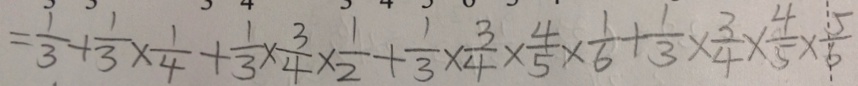
= \frac { 1 } { 3 } + \frac { 1 } { 3 } \times \frac { 1 } { 4 } + \frac { 1 } { 3 } \times \frac { 3 } { 4 } \times \frac { 1 } { 2 } + \frac { 1 } { 3 } \times \frac { 3 } { 4 } \times \frac { 4 } { 5 } \times \frac { 1 } { 6 } + \frac { 1 } { 3 } \times \frac { 3 } { 4 } \times \frac { 4 } { 5 } \times \frac { 5 } { 6 }